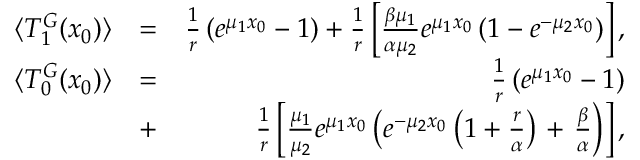
\begin{array} { r l r } { \langle T _ { 1 } ^ { G } ( x _ { 0 } ) \rangle } & { = } & { \frac { 1 } { r } \left( e ^ { \mu _ { 1 } x _ { 0 } } - 1 \right) + \frac { 1 } { r } \left[ \frac { \beta \mu _ { 1 } } { \alpha \mu _ { 2 } } e ^ { \mu _ { 1 } x _ { 0 } } \left( 1 - e ^ { - \mu _ { 2 } x _ { 0 } } \right) \right] , } \\ { \langle T _ { 0 } ^ { G } ( x _ { 0 } ) \rangle } & { = } & { \frac { 1 } { r } \left( e ^ { \mu _ { 1 } x _ { 0 } } - 1 \right) } \\ & { + } & { \frac { 1 } { r } \left[ \frac { \mu _ { 1 } } { \mu _ { 2 } } e ^ { \mu _ { 1 } x _ { 0 } } \left( e ^ { - \mu _ { 2 } x _ { 0 } } \left( 1 + \frac { r } { \alpha } \right) \right. + \left. \frac { \beta } { \alpha } \right) \right] , } \end{array}